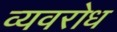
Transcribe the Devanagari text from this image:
व्यवरोध